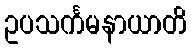
ဥပသင်္ကမနာယာတိ